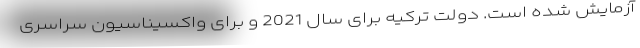
آزمایش شده است. دولت ترکیه برای سال 2021 و برای واکسیناسیون سراسری